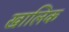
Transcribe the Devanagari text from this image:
खालिक